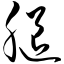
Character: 腿